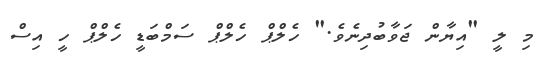
މި ލީ "އިޔާން ޖަވާބުދިނެވެ." ހެލްޕް ހެލްޕް ސަމްބަޑީ ހެލްޕް ހީ އިސް